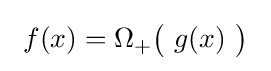
\ f(x)=\Omega _{+}{\bigl (}\ g(x)\ {\bigr )}\